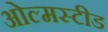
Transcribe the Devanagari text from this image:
ओल्मस्टीड